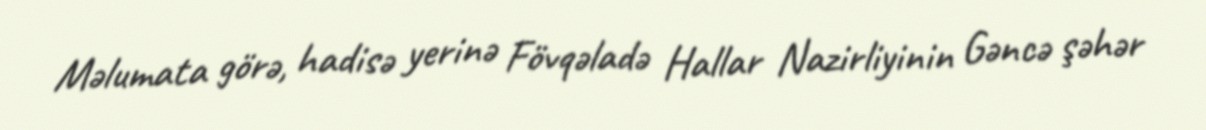
Məlumata görə, hadisə yerinə Fövqəladə Hallar Nazirliyinin Gəncə şəhər